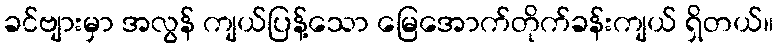
ခင်ဗျားမှာ အလွန် ကျယ်ပြန့်သော မြေအောက်တိုက်ခန်းကျယ် ရှိတယ်။